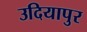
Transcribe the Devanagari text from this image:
उदियापुर